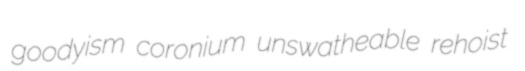
goodyism coronium unswatheable rehoist